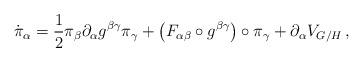
LaTeX: \begin{align*}\dot{\pi}_{\alpha}=\frac{1}{2}\pi_{\beta} \partial_{\alpha} g^{\beta\gamma} \pi_{\gamma}+\left( F_{\alpha\beta}\circ g^{\beta\gamma} \right) \circ \pi_{\gamma}+\partial_{\alpha} V_{G/H}\,,\end{align*}